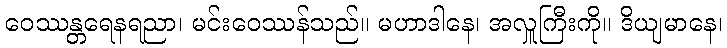
ဝေဿန္တရေနရညာ၊ မင်းဝေဿန်သည်။ မဟာဒါနေ၊ အလှူကြီးကို။ ဒိယျမာနေ၊